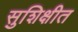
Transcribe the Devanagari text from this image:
सुशिक्षीत